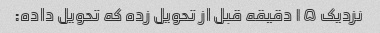
نزدیک ۱۵ دقیقه قبل از تحویل زده که تحویل داده: